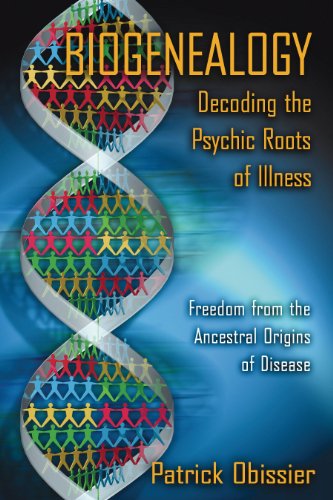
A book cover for Biogenealogy: Decoding the Psychic Roots of Illness: Freedom from the Ancestral Origins of Disease; Patrick Obissier; Health, Fitness & Dieting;